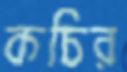
কচির